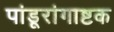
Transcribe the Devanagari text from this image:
पांडूरांगाष्टक